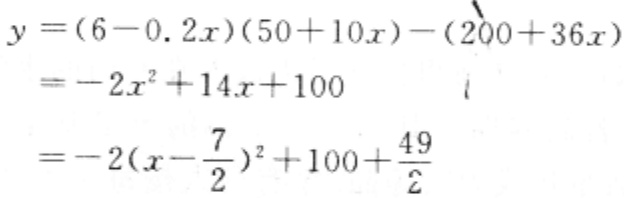
\[
\begin{align*}
y&=(6 - 0.2x)(50 + 10x)-(200 + 36x)\\
&=-2x^{2}+14x + 100\\
&=-2(x-\frac{7}{2})^{2}+100+\frac{49}{2}
\end{align*}
\]